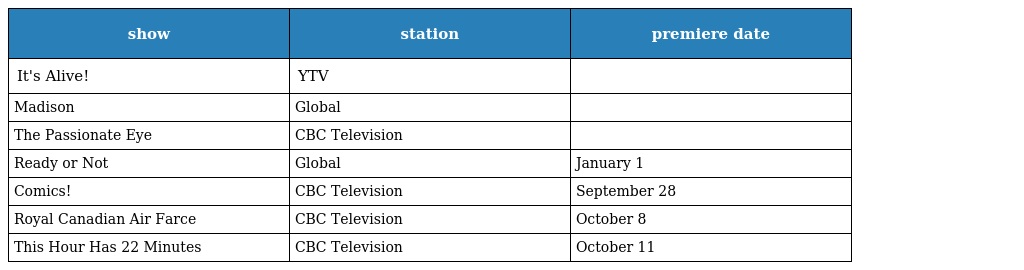
| show | station | premiere date |
 | --- | --- | --- |
 | It's Alive! | YTV |  |
 | Madison | Global |  |
 | The Passionate Eye | CBC Television |  |
 | Ready or Not | Global | January 1 |
 | Comics! | CBC Television | September 28 |
 | Royal Canadian Air Farce | CBC Television | October 8 |
 | This Hour Has 22 Minutes | CBC Television | October 11 |